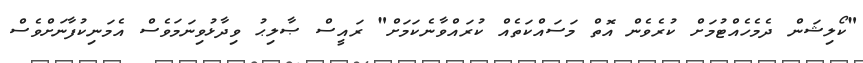
"ކޯލިޝަން ދެމެހެއްޓުމަށް ކުރެވެން އޮތް މަސައްކަތެއް ކުރައްވާނެކަމަށް" ރައީސް ޞާލިޙު ވިދާޅުވިނަމަވެސް އެމަނިކުފާނަށްވެސް